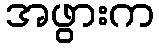
အဖွားက